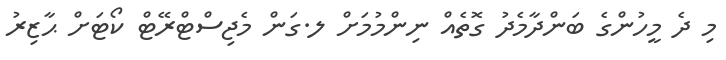
މި ދެ މީހުންގެ ބަންދާމެދު ގޮތެއް ނިންމުމަށް ލ.ގަން މެޖިސްޓްރޭޓް ކޯޓަށް ޙާޒިރު